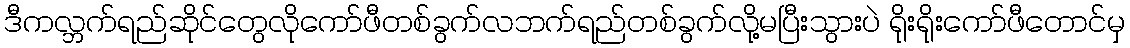
ဒီကလ္ဘက်ရည်ဆိုင်တွေလိုကော်ဖီတစ်ခွက်လဘက်ရည်တစ်ခွက်လို့မပြီးသွားပဲ ရိုးရိုးကော်ဖီတောင်မှ